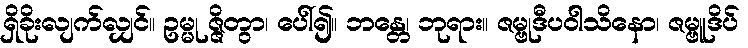
ရှိခိုးလျက်လျှင်။ ဥမ္မု ဇ္ဇိတွာ၊ ပေါ်၍။ ဘန္တေ၊ ဘုရား။ ဇမ္ဗုဒီပဝါသိနော၊ ဇမ္ဗူဒိပ်